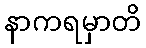
နာကရမှာတိ